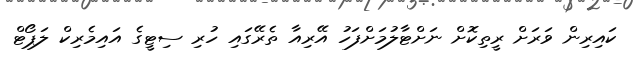
ކައިރިން ވަރަށް ރީތިކޮށް ނަށްޓާލުމަށްފަހު އޭރިއާ ތެރޭގައި ހުރި ސިޓީގެ އައިމެރިކް ލަޕޯޓް